Summary of further report on surra
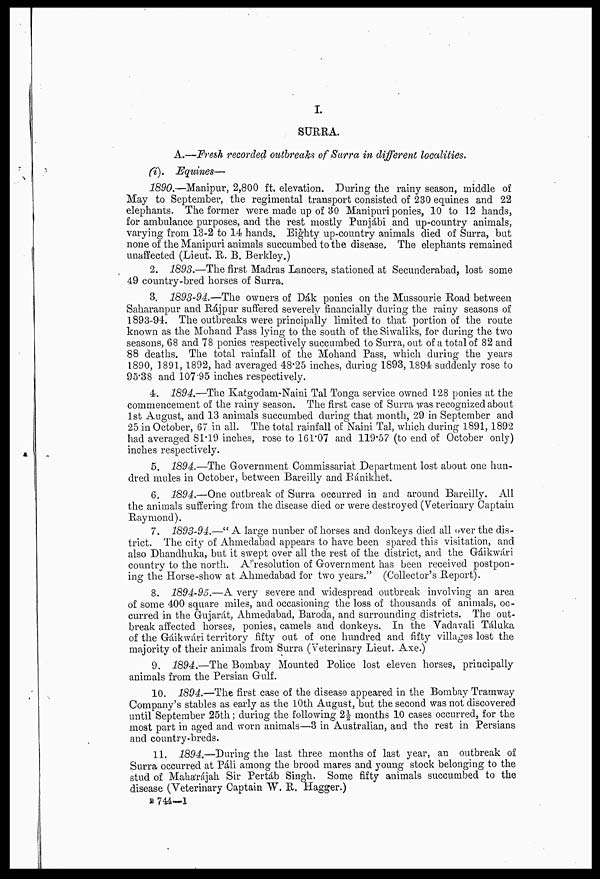
I.
SURRA.
A.—Fresh recorded outbreaks of Surra in different localities.
(i). Equines—
1890.—Manipur, 2,800 ft. elevation. During the rainy season, middle of
May to September, the regimental transport consisted of 230 equines and 22
elephants. The former were made up of 30 Manipuri ponies, 10 to 12 hands,
for ambulance purposes, and the rest mostly Punjâbi and up-country animals,
varying from 13-2 to 14 hands. Eighty up-country animals died of Surra, but
none of the Manipuri animals succumbed to the disease, The elephants remained
unaffected (Lieut. R. B. Berkley.)
2. 1893.—The first Madras Lancers, stationed at Secunderabad, lost some
49 country-bred horses of Surra.
3. 1893-94.—The owners of Dak ponies on the Mussourie Road between
Saharanpur and Rajpur suffered severely financially during the rainy seasons of
1893-94. The outbreaks were principally limited to that portion of the route
known as the Mohand Pass lying to the south of the Siwaliks, for during the two
seasons, 68 and 78 ponies respectively succumbed to Surra, out of a total of 82 and
88 deaths. The total rainfall of the Mohand Pass, which during the years
1890, 1891, 1892, had averaged 48.25 inches, during 1893,1894 suddenly rose to
95.38 and 107.95 inches respectively.
4. 1894.—The Katgodam-Naini Tal Tonga service owned 128 ponies at the
commencement of the rainy season. The first case of Surra was recognized about
1st August, and 13 animals succumbed during that month, 29 in September and
25 in October, 67 in all. The total rainfall of Naini Tal, which during 1891, 1892
had averaged 81.19 inches, rose to 161.07 and 119.57 (to end of October only)
inches respectively.
5. 1894.—The Government Commissariat Department lost about one hun-
dred mules in October, between Bareilly and Bánikhet.
6. 1894.—One outbreak of Surra occurred in and around Bareilly. All
the animals suffering from the disease died or were destroyed (Veterinary Captain
Raymond).
7. 1893-94.—" A large nunber of horses and donkeys died all over the dis-
trict. The city of Ahmedabad appears to have been spared this visitation, and
also Dhandhuka, but it swept over all the rest of the district, and the Gáikwári
country to the north. Aresolution of Government has been received postpon-
ing the Horse-show at Ahmedabad for two years." (Collector's Report).
8. 1894-95.—A very severe and widespread outbreak involving an area
of some 400 square miles, and occasioning the loss of thousands of animals, oc-
curred in the Gujarát, Ahmedabad, Baroda, and surrounding districts. The out-
break affected horses, ponies, camels and donkeys. In the Vadavali Táluka
of the Gáikwári territory fifty out of one hundred and fifty villages lost the
majority of their animals from Surra (Veterinary Lieut. Axe.)
9. 1894.—The Bombay Mounted Police lost eleven horses, principally
animals from the Persian Gulf.
10. 1894.—The first case of the disease appeared in the Bombay Tramway
Company's stables as early as the 10th August, but the second was not discovered
until September 25th; during the following 2|½ months 10 cases occurred, for the
most part in aged and worn animals—3 in Australian, and the rest in Persians
and country-breds.
11. 1894,—During the last three months of last year, an outbreak of
Surra occurred at Pali among the brood mares and young stock belonging to the
stud of Mahárájah Sir Pertáb Singh. Some fifty animals succumbed to the
disease (Veterinary Captain W. R. Hagger.)
B744—1